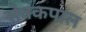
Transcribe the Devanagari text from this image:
सेवकपाल